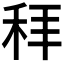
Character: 𬓥